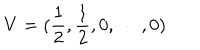
V = ( \frac { 1 } { 2 } , \frac { 1 } { 2 } , 0 , \cdots , 0 ) \nonumber